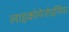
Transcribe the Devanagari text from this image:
लाइकोपेनोडर्मिया